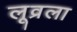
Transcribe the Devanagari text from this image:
लूव्रला